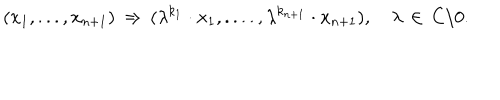
( x _ { 1 } , . . . , x _ { n + 1 } ) \, \Rightarrow \, ( \lambda ^ { k _ { 1 } } \cdot x _ { 1 } , . . . . , \lambda ^ { k _ { n + 1 } } \cdot x _ { n + 1 } ) , \, \, \, \, \, \, \lambda \, \in \, C \backslash { 0 } .